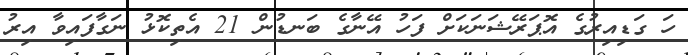
ހަ ގަޑިއިރުގެ އޮޕަރޭޝަނަކަށް ފަހު އޭނާގެ ބަނޑުން 21 އެތިކޮޅު ނަގާފައިވާ އިރު